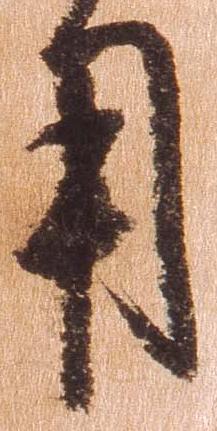
用